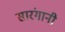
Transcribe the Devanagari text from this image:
सारंगानी